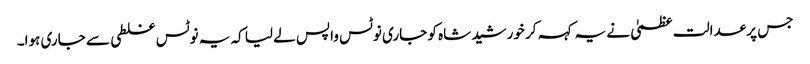
جس پر عدالت عظمیٰ نے یہ کہہ کر خورشید شاہ کو جاری نوٹس واپس لے لیا کہ یہ نوٹس غلطی سے جاری ہوا۔